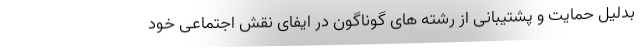
بدلیل حمایت و پشتیبانی از رشته های گوناگون در ایفای نقش اجتماعی خود